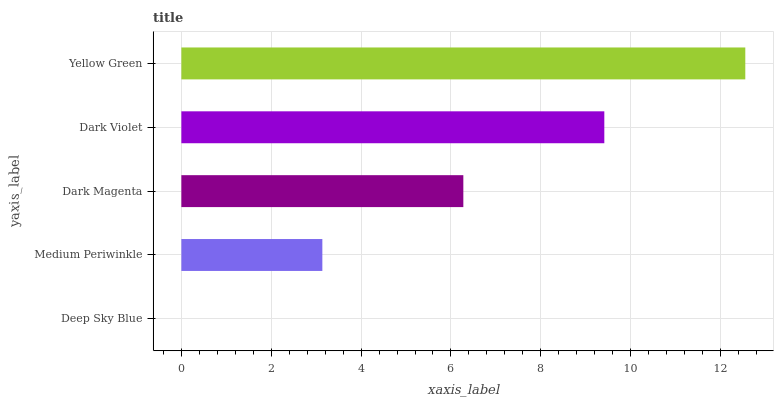
| yaxis_label | bars |
 | --- | --- |
 | Deep Sky Blue | 0 |
 | Medium Periwinkle | 3.14 |
 | Dark Magenta | 6.28 |
 | Dark Violet | 9.41 |
 | Yellow Green | 12.6 |